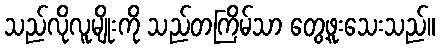
သည်လိုလူမျိုးကို သည်တကြိမ်သာ တွေ့ဖူးသေးသည်။